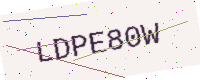
Text: LDPE80W